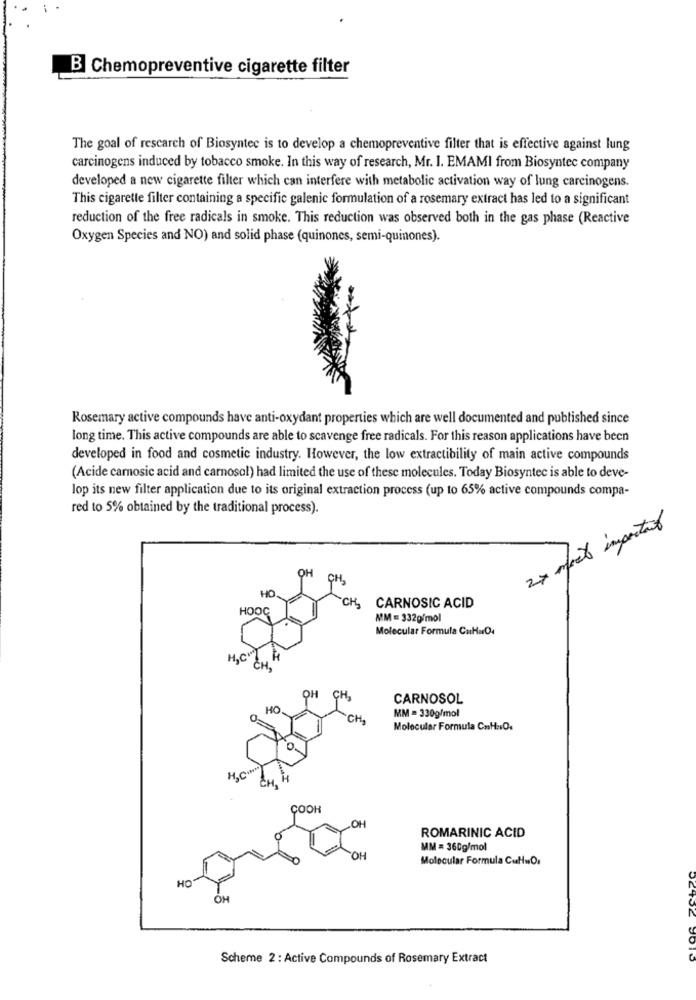
B Chemopreventive cigarette filter
The goal of rescarch of Biosyntec is to develop a chemopreventive filter that is effective against lung
carcinogens induced by tobacco smoke. In this way of research, Mr. I. EMAMI from Biosyntec company
developed a new cigarette filter which can interfere with metabolic activation way of lung carcinogens.
This cigarette filter containing a specific galenic formulation of a rosemary extract has led to a significant
reduction of the free radicals in smoke. This reduction was observed both in the gas phase (Reactive
Oxygen Species and NO) and solid phase (quinones, semi-quinones).
Rosemary active compounds have anti-oxydant properties which are well documented and published since
long time. This active compounds are able to scavenge free radicals. For this reason applications have been
developed in food and cosmetic industry. However, the low extractibility of main active compounds
(Acide carnosic acid and carnosol) had limited the use of these molecules. Today Biosyntec is able to deve-
lop its new filter application due to its original extraction process (up to 65% active compounds compa-
red to 5% obtained by the traditional process).
27 most important
OH
CH
HO
-CH
HOOG
CARNOSIC ACID
MM= 332g/mol
Molecular Formula CaHa04
CH.
OH CH,
CARNOSOL
HO
MM = 330g/mol
CH
Molecular Formula CasH :. O.
CH
H
COOK
ROMARINIC ACID
MM = 360g/mol
OH
Molecular Formula CutsO.
HO
OH
Scheme 2 : Active Compounds of Rosemary Extract